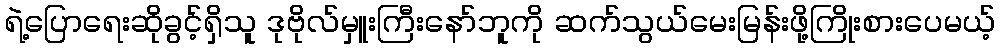
ရဲ့ပြောရေးဆိုခွင့်ရှိသူ ဒုဗိုလ်မှူးကြီးနော်ဘူကို ဆက်သွယ်မေးမြန်းဖို့ကြိုးစားပေမယ့်